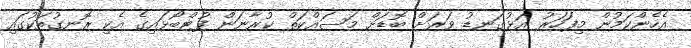
އެހެންކަމުން މިފަހަރު އަޅުގަނޑު ވަރަށް ބޮޑަށް މަސައްކަތް ކުރާނަން ފުޓްބޯޅައިގެ އެކި ރޮނގުތަކުގައި